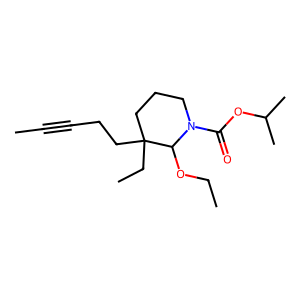
SMILES: CC#CCCC1(CC)CCCN(C(=O)OC(C)C)C1OCC
Inhibits HIV replication: No